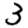
Digit: 3